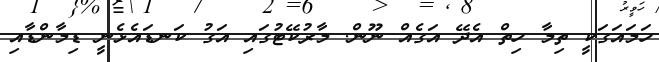
ހަމައަގަކީ ތިމާ ހިތް އެދޭ އަގެއް ނޫން. މާރުކޭޓުގައި އަގު ކަނޑައެޅެނީ ޑިމާންޑާއި